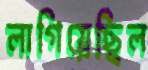
লাগিয়েছিল